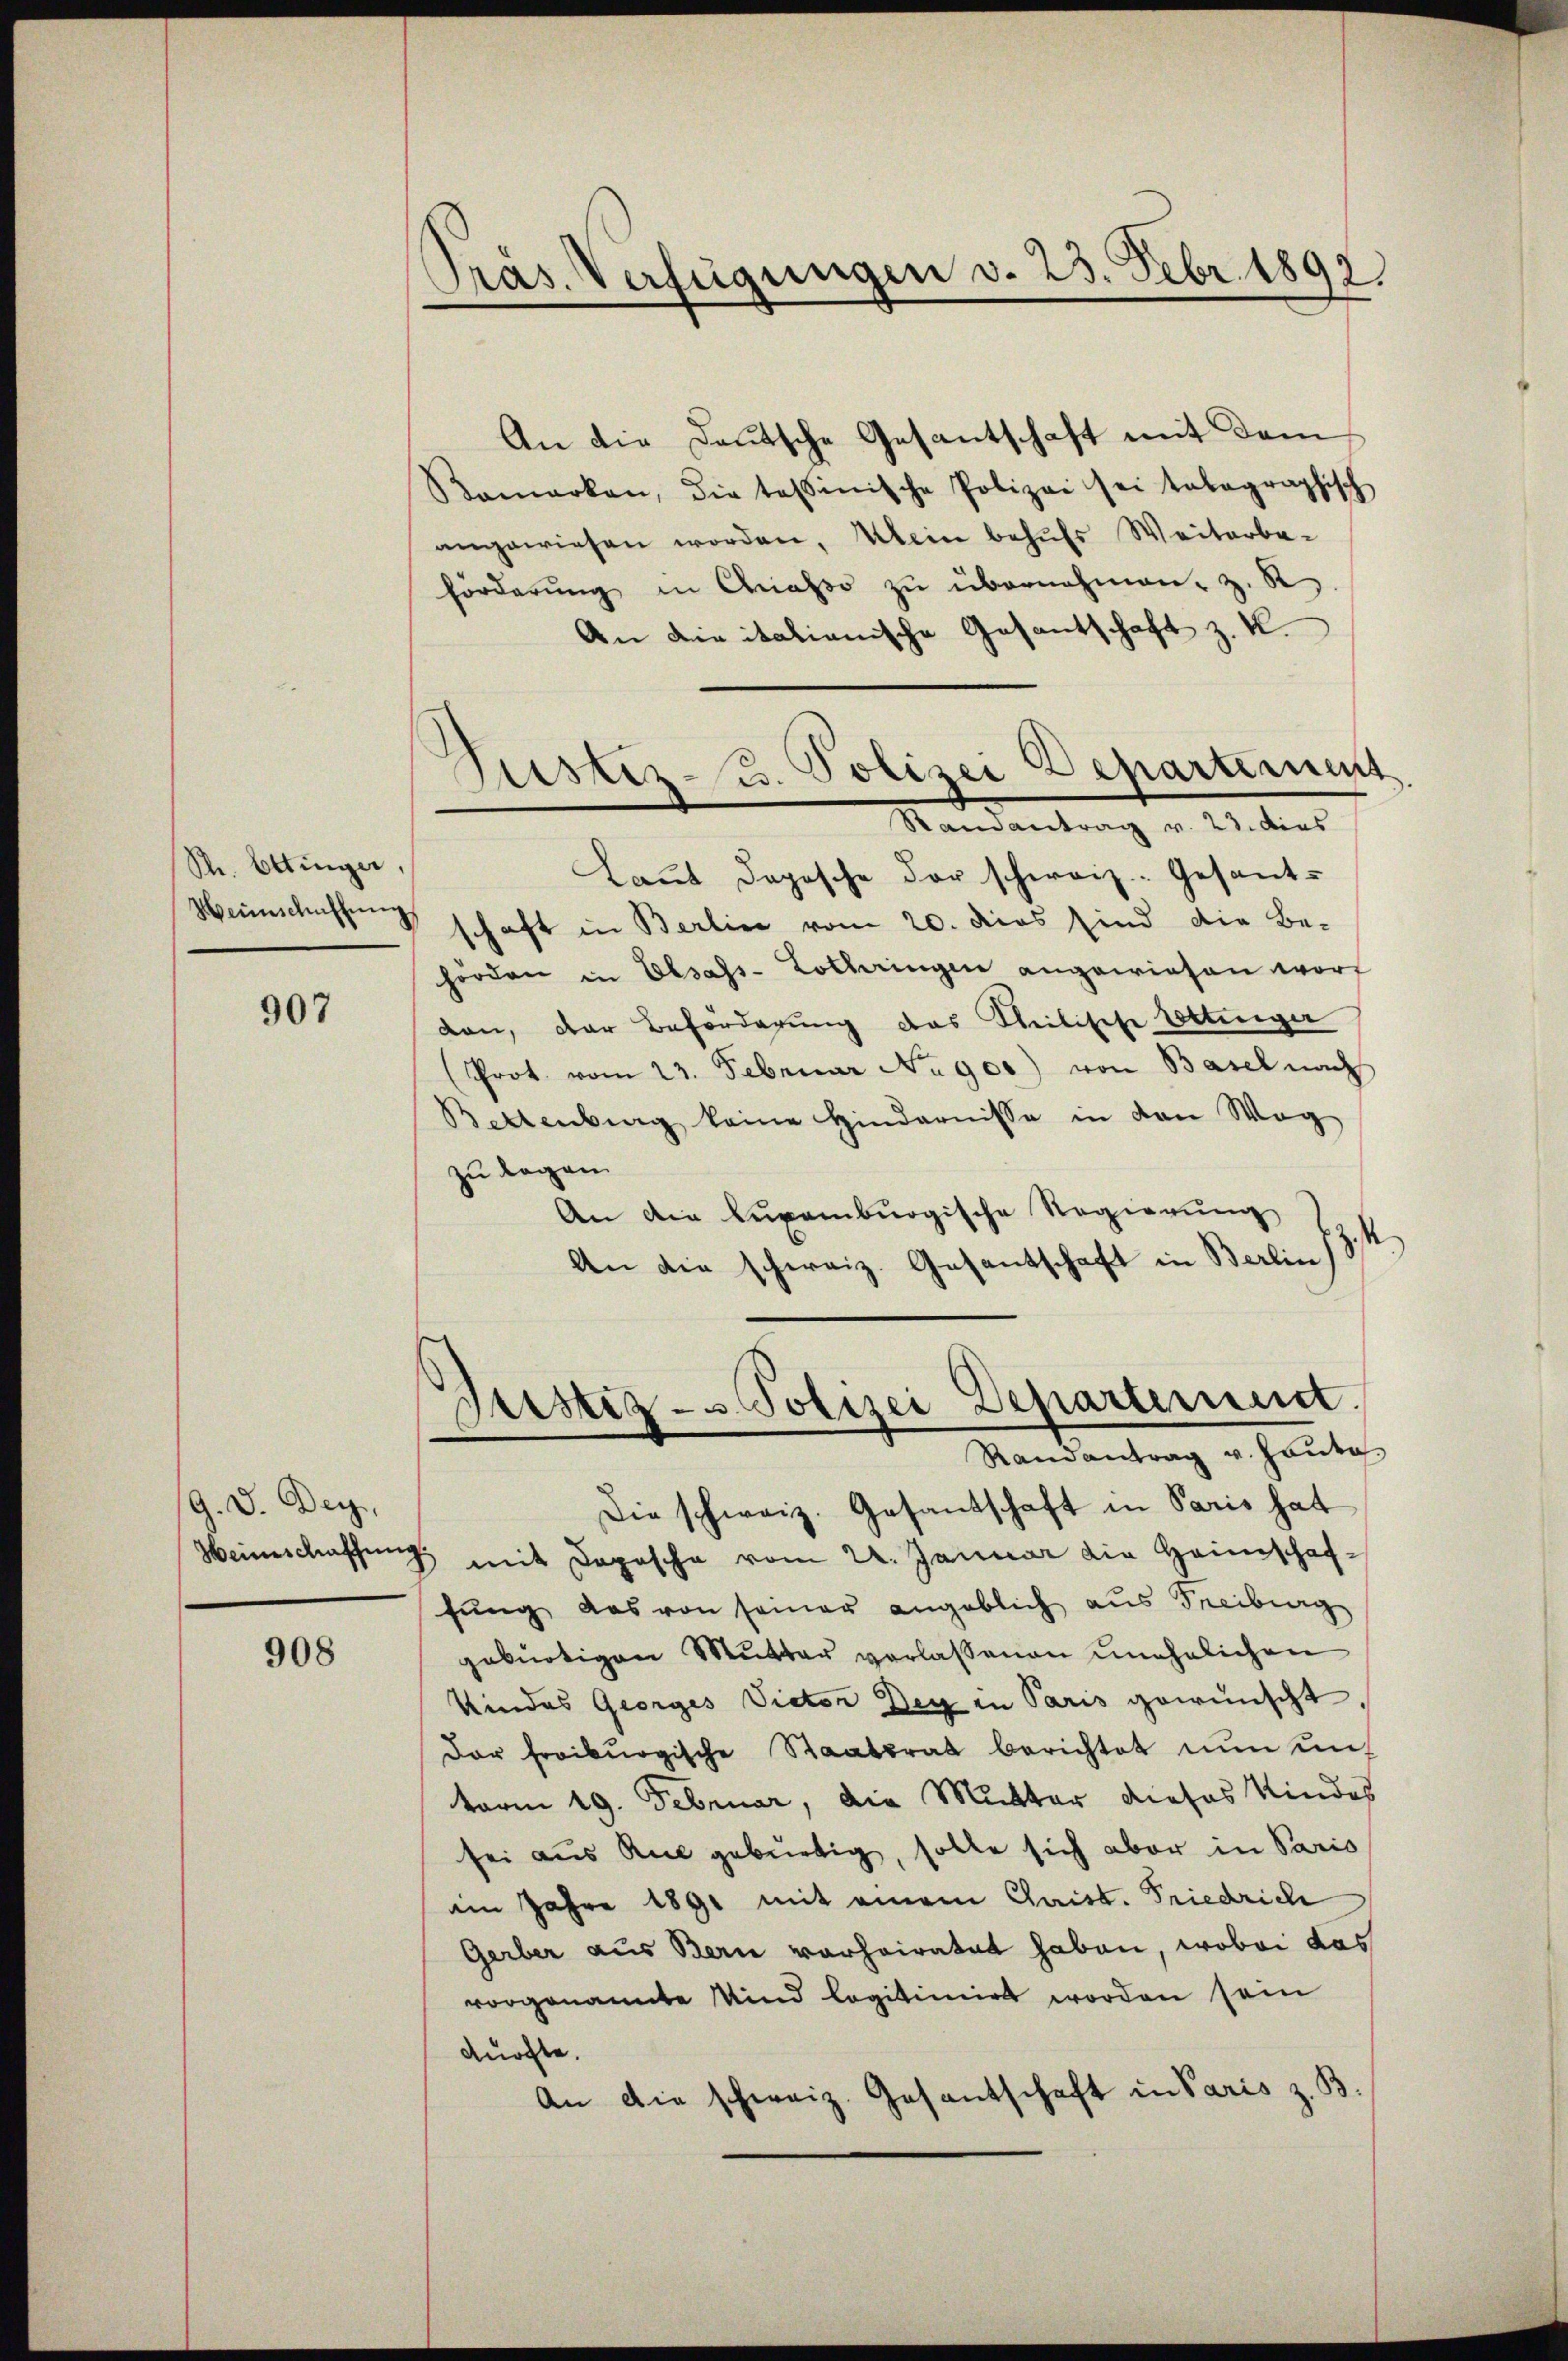
S. Ettinger
Heinschaffung

907

/9. d. Der
Heimschaffung

908

¬
Pras. Verfügungen v. 23. Febr. 1892.

Justiz- u. Polizei Departement
Randantrag v. 21. dies
Laŭt dopesche der schweiz. Gesandt-

An die Deutsche Gesantschaft mit dem
Bemerken, die tessinische Polizei sei tabegraphisch
angewiesen worden, Mein behufs Weiterbe-
förderung in Chiasso zu übernehmen, z. R
An die italianische Gesantschaft z. K.
schaft in Berlin vom 20. dies sind die Be-
hörden in Elsass-Lothringen angewiesen wor
don, der Beförderung des Theilische Ottinger
Prot. vom 23. Februar No 900) von Basel nach
Bettenberg keine Hindernisse in den Weg
zu began
An die Luxenburgische Regierung
.
An die schweiz. Gesantschaft in Berlin
Justiz- u. Polizei Departement
Randantrag u. Hauta
Die schweiz. Gesandschaft in Paris hat
8 mit Dopische vom 22. Januar die Heimschaffŭng das von seiner angeblich aus Freibung
gebürtigen Mutter verlassenen unehelichen
Kindes Georges Victor Deg in Paris gewünscht.
Der freiburgische Staatsrat berichtet nun unt
term 19. Februar, die Mutter dieses Kindes
sei aus Kul gebürtig, solle sich aber in Paris
am Jahre 1891 mit einem Christ. Friedrich
Gerber aus Bern vorheiratet haben, wobei das
vorgenannte Kind legitimirt worden sein
durfte.
An die schweiz. Gesantschaft in Paris z. B.